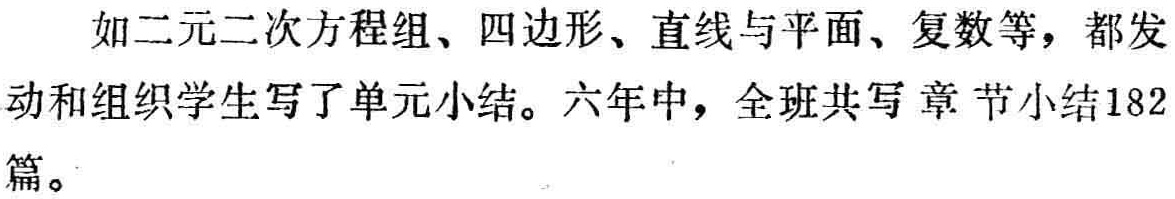
如二元二次方程组、四边形、直线与平面、复数等，都发动和组织学生写了单元小结。六年中，全班共写章节小结182篇。